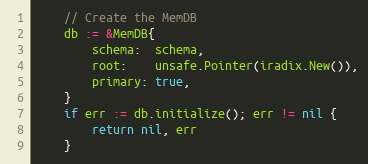
Language: Go
	// Create the MemDB
	db := &MemDB{
		schema:  schema,
		root:    unsafe.Pointer(iradix.New()),
		primary: true,
	}
	if err := db.initialize(); err != nil {
		return nil, err
	}